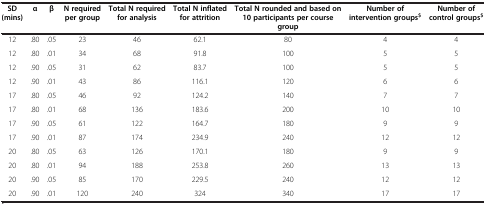
<table><thead><tr><td><b>SD (mins)</b></td><td><b>α</b></td><td><b>β</b></td><td><b>N required per group</b></td><td><b>Total N required for analysis</b></td><td><b>Total N inflated for attrition</b></td><td><b>Total N rounded and based on 10 participants per course group</b></td><td><b>Number of intervention groups<sup>$</sup></b></td><td><b>Number of control groups<sup>$</sup></b></td></tr></thead><tbody><tr><td>12</td><td>.80</td><td>.05</td><td>23</td><td>46</td><td>62.1</td><td>80</td><td>4</td><td>4</td></tr><tr><td>12</td><td>.80</td><td>.01</td><td>34</td><td>68</td><td>91.8</td><td>100</td><td>5</td><td>5</td></tr><tr><td>12</td><td>.90</td><td>.05</td><td>31</td><td>62</td><td>83.7</td><td>100</td><td>5</td><td>5</td></tr><tr><td>12</td><td>.90</td><td>.01</td><td>43</td><td>86</td><td>116.1</td><td>120</td><td>6</td><td>6</td></tr><tr><td>17</td><td>.80</td><td>.05</td><td>46</td><td>92</td><td>124.2</td><td>140</td><td>7</td><td>7</td></tr><tr><td>17</td><td>.80</td><td>.01</td><td>68</td><td>136</td><td>183.6</td><td>200</td><td>10</td><td>10</td></tr><tr><td>17</td><td>.90</td><td>.05</td><td>61</td><td>122</td><td>164.7</td><td>180</td><td>9</td><td>9</td></tr><tr><td>17</td><td>.90</td><td>.01</td><td>87</td><td>174</td><td>234.9</td><td>240</td><td>12</td><td>12</td></tr><tr><td>20</td><td>.80</td><td>.05</td><td>63</td><td>126</td><td>170.1</td><td>180</td><td>9</td><td>9</td></tr><tr><td>20</td><td>.80</td><td>.01</td><td>94</td><td>188</td><td>253.8</td><td>260</td><td>13</td><td>13</td></tr><tr><td>20</td><td>.90</td><td>.05</td><td>85</td><td>170</td><td>229.5</td><td>240</td><td>12</td><td>12</td></tr><tr><td>20</td><td>.90</td><td>.01</td><td>120</td><td>240</td><td>324</td><td>340</td><td>17</td><td>17</td></tr></tbody></table>